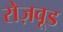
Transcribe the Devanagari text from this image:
रोज़वूड